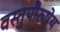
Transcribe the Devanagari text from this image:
वस्तुपौरुषेय